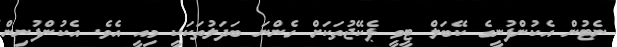
ނެޓުން އެކުންފުނީގެ ކޭބަލް ޓީވީ ޕެކޭޖުތަކަށް ގެންނަ ބަދަލުތަކަކީ މިއީ އެވެ. އެކުންފުނިން